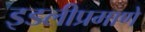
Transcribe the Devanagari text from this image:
इडलीप्रमाणे